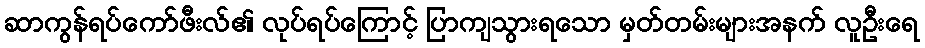
ဆာကွန်ရပ်ကော်ဖီးလ်၏ လုပ်ရပ်ကြောင့် ပြာကျသွားရသော မှတ်တမ်းများအနက် လူဦးရေ